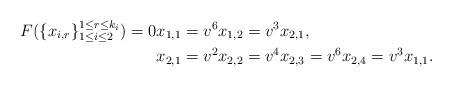
LaTeX: \begin{align*}\begin{aligned} F(\{x_{i,r}\}_{1\leq i\leq 2}^{1\leq r\leq k_{i}})=0 & x_{1,1}=v^{6}x_{1,2}=v^{3}x_{2,1}, \\ & x_{2,1}=v^{2}x_{2,2}=v^{4}x_{2,3}=v^{6}x_{2,4}=v^{3}x_{1,1}.\end{aligned}\end{align*}